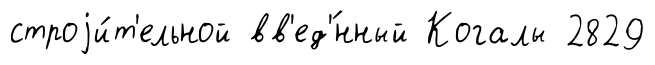
строjи́т'ельной вв'ед'́нный Когалы 2829